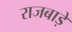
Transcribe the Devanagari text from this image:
राजबाड़े